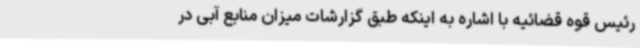
رئیس قوه قضائیه با اشاره به اینکه طبق گزارشات میزان منابع آبی در